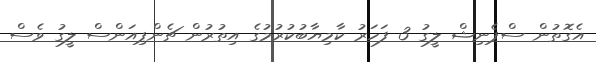
އެގޮތުން ސްޕެނިޝް ލީގު 3 ފަހަރު ކާމިޔާބުކުރުމުގެ އިތުރުން ޗެންޕިއަންސް ލީގު ވެސް